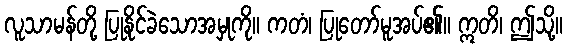
လူသာမန်တို့ ပြုနိုင်ခဲသောအမှုကို။ ကတံ၊ ပြုတော်မူအပ်၏။ ဣတိ၊ ဤသို့။